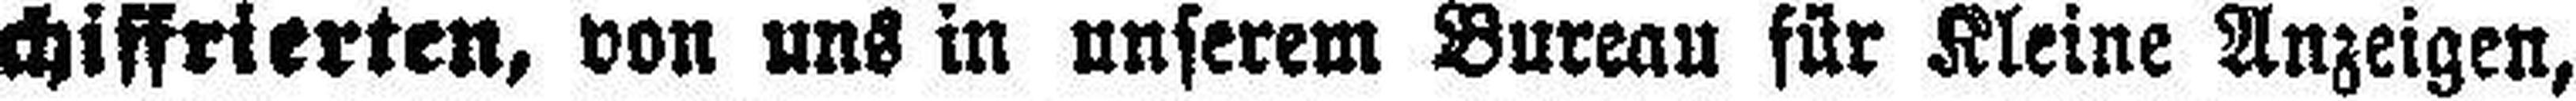
chiffrierten, von uns in unserem Bureau für Kleine Anzeigen,